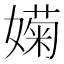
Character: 𡡣